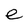
Character: e